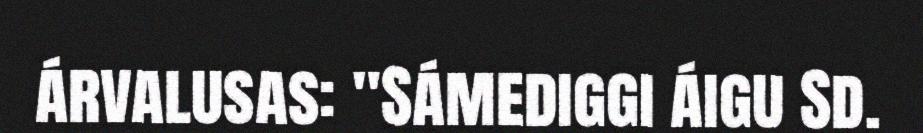
árvalusas: "Sámediggi áigu Sd.